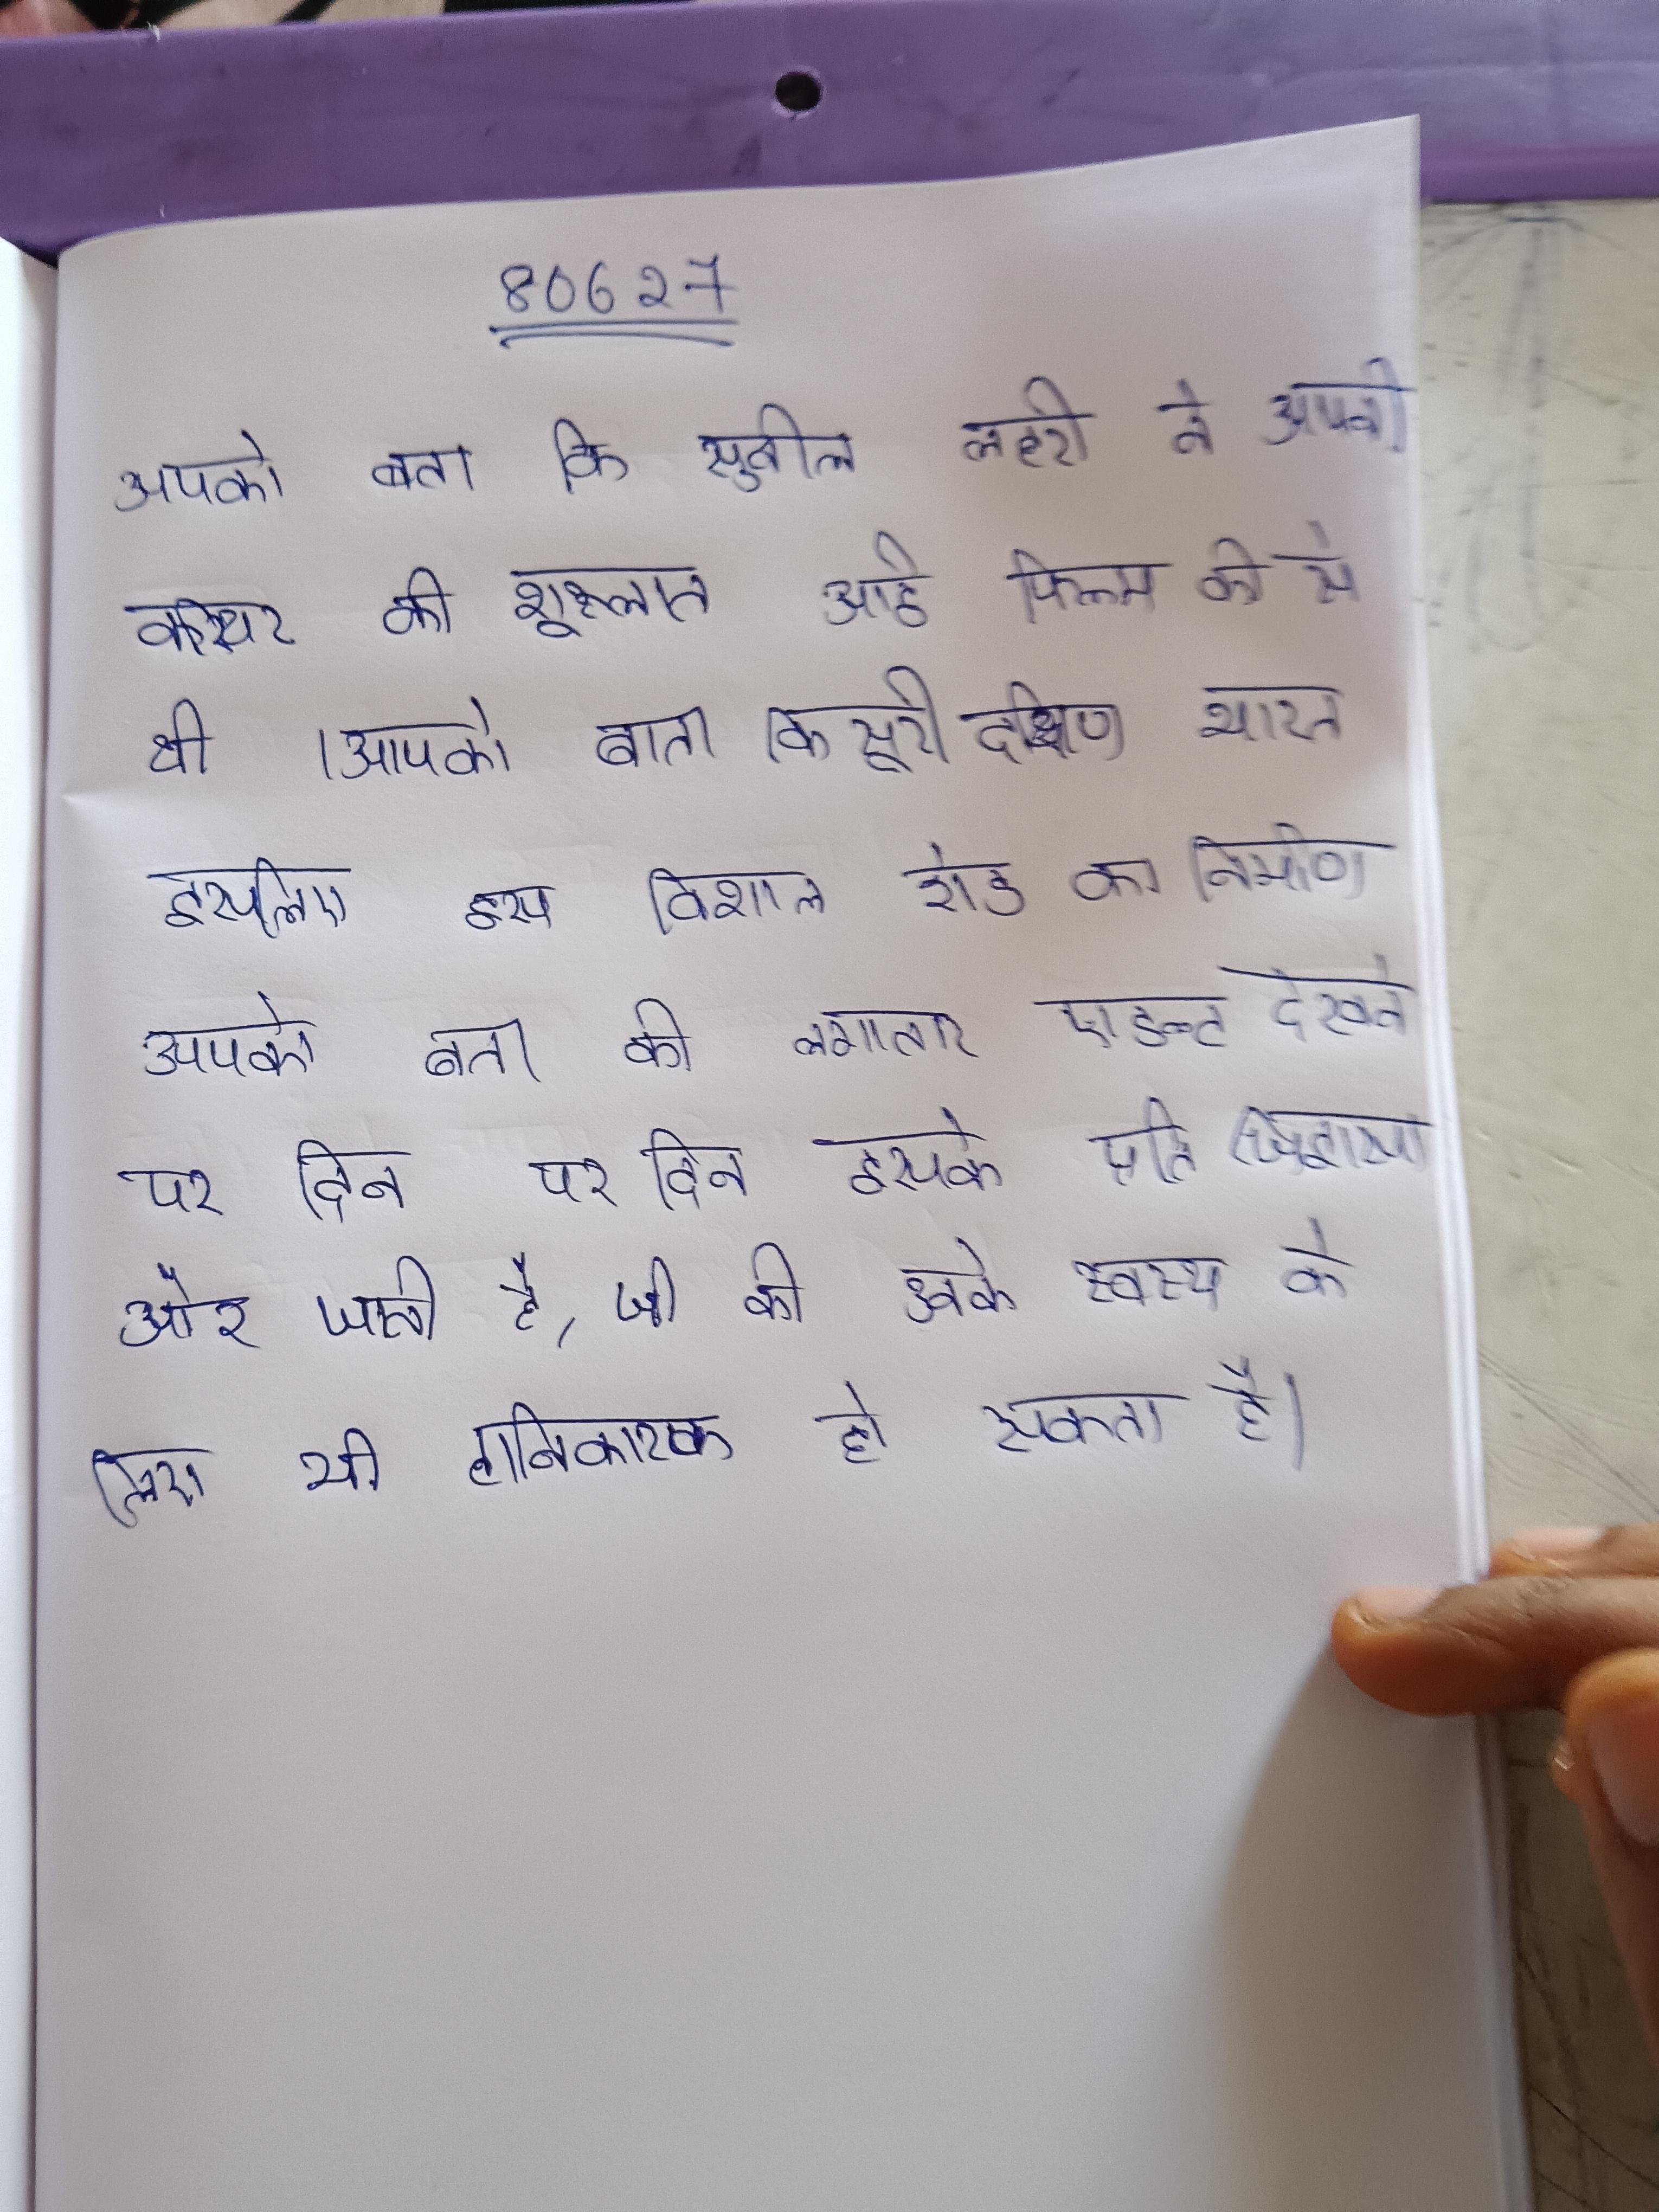
आपको बता कि सुनील लहरी ने अपनी करियर की शुरुआत आई फिल्म की से की थी । आपको बता कि सूरी दक्षिण भारत को उत्तर के से चाहते थे, इसलिए इस विशाल रोड का निर्माण करवाया था । आपको बता की लगातार एडल्ट देखने पर दिन पर दिन इसके प्रति जिज्ञासा और जाती है, जो की उनके स्वस्थ के लिए भी हानिकारक हो सकता है .